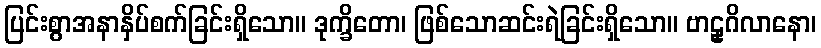
ပြင်းစွာအနာနှိပ်စက်ခြင်းရှိသော။ ဒုက္ခိတော၊ ဖြစ်သောဆင်းရဲခြင်းရှိသော။ ဗာဠှဂိလာနော၊